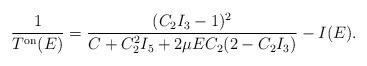
LaTeX: \begin{align*}\frac{1}{T^{\rm on}(E)}=\frac{(C_2 I_3 -1)^2}{C + C_2^2 I_5 + 2 \mu E C_2 (2 -C_2 I_3)} - I(E).\end{align*}